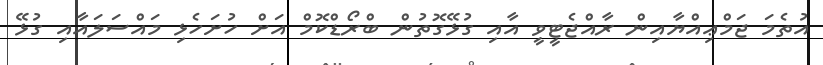
އުތެމަ ޖަމްޢިއްޔާއިން ރާއްޖެޓީވީ އާއި ގުޅޭގޮތުން ބްރޯޑްކޮމް އަށް ހުށަހެޅި މައްސަލައާއި ގުޅޭ